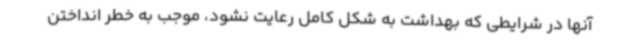
آنها در شرایطی که بهداشت به شکل کامل رعایت نشود، موجب به خطر انداختن